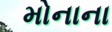
મોનાના